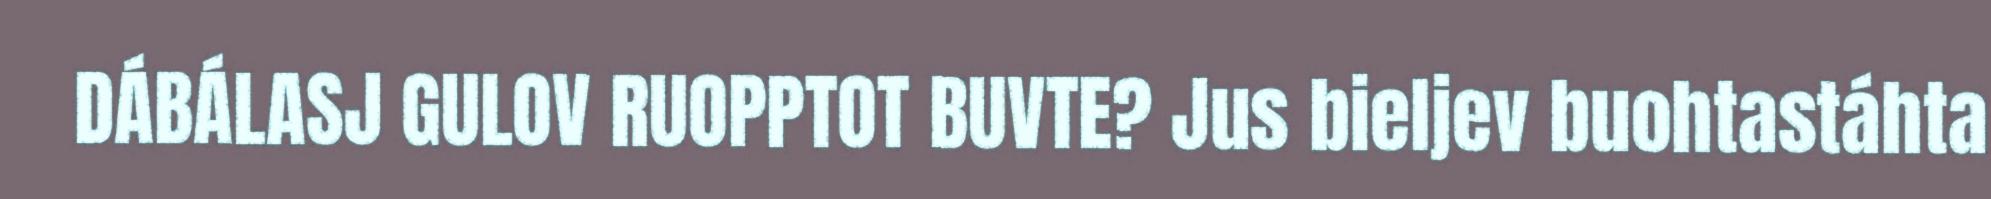
DÁBÁLASJ GULOV RUOPPTOT BUVTE? Jus bieljev buohtastáhta